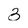
Character: 3